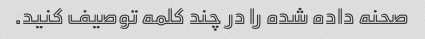
صحنه داده شده را در چند کلمه توصیف کنید.